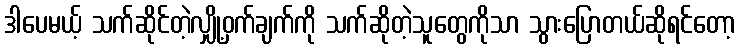
ဒါပေမယ့် သက်ဆိုင်တဲ့လျှို့ဝှက်ချက်ကို သက်ဆိုတဲ့သူတွေကိုသာ သွားပြောတယ်ဆိုရင်တော့